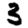
Digit: 3